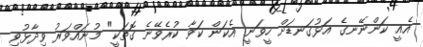
އެއީ ކަންނޭނގެ އަޅުގަނޑަށް ހީވަނީ އެކަން ކަވާ ކުރެވޭނެ ގޮތަކީ" މުނައްވަރު ވިދާޅުވި